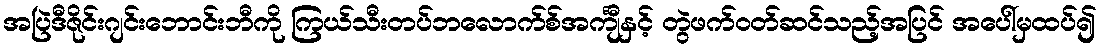
အပြဲဒီဇိုင်းဂျင်းဘောင်းဘီကို ကြယ်သီးတပ်ဘလောက်စ်အင်္ကျီနှင့် တွဲဖက်ဝတ်ဆင်သည့်အပြင် အပေါ်မှထပ်၍